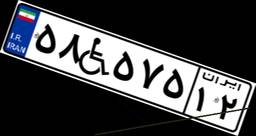
۵۸W۵۷۵۱۲